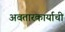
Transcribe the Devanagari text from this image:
अवतारकार्याची